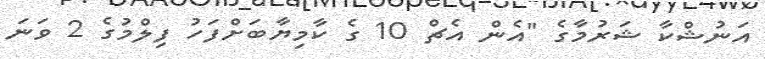
އަނުޝްކާ ޝަރުމާގެ "އެން އެޗް 10 ގެ ކާމިޔާބަށްފަހު ފިލްމުގެ 2 ވަނަ